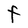
Character: F